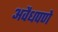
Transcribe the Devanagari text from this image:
अवैधपणे